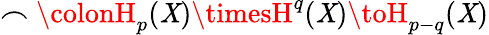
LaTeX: \frown\colonH_{p}(\mathit{X})\timesH^{q}(\mathit{X})\toH_{p-q}(\mathit{X})